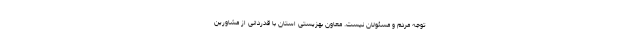
توجه مردم و مسئولان نیست. معاون بهزیستی استان با قدردانی از مشاورین